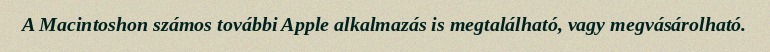
A Macintoshon számos további Apple alkalmazás is megtalálható, vagy megvásárolható.